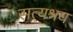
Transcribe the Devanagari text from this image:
सत्यश्रय